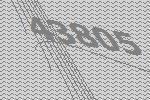
43805